Annual report on the Civil Veterinary Department, Burma (including the Insein Veterinary School) - 1923-1931
Year: 1923
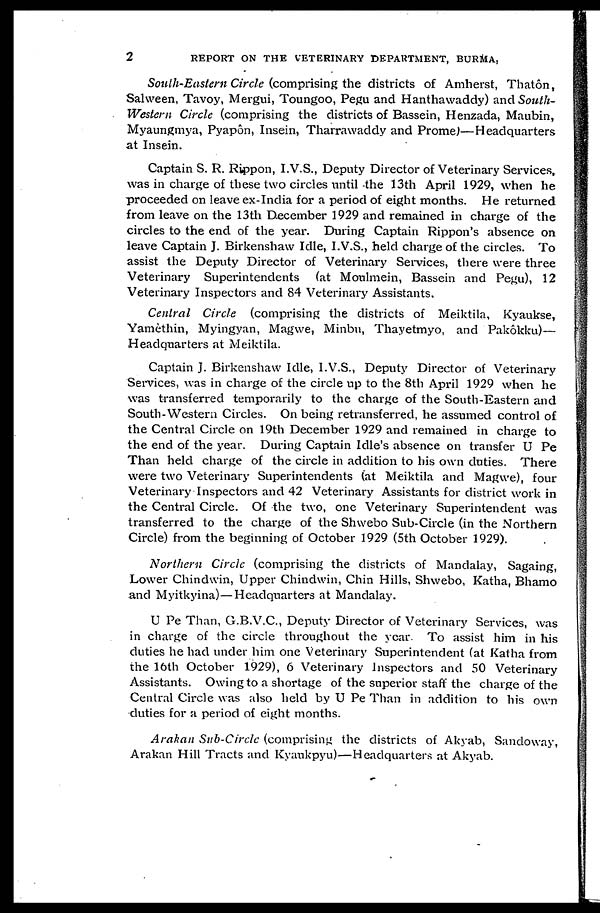
2
REPORT ON THE VETERINARY DEPARTMENT, BURMA,
South-Eastern Circle (comprising the districts of Amherst, Thatôn,
Salween, Tavoy, Mergui, Toungoo, Pegu and Hanthawaddy) and South-
Western Circle (comprising the districts of Bassein, Henzada, Maubin,
Myaungmya, Pyapôn, Insein, Tharrawaddy and Prome)—Headquarters
at Insein.
Captain S. R. Rippon, I.V.S., Deputy Director of Veterinary Services,
was in charge of these two circles until the 13th April 1929, when he
proceeded on leave ex-India for a period of eight months. He returned
from leave on the 13th December 1929 and remained in charge of the
circles to the end of the year. During Captain Rippon's absence on
leave Captain J. Birkenshaw Idle, I.V.S., held charge of the circles. To
assist the Deputy Director of Veterinary Services, there were three
Veterinary Superintendents (at Moulmein, Bassein and Pegu), 12
Veterinary Inspectors and 84 Veterinary Assistants.
Central Circle (comprising the districts of Meiktila, Kyaukse,
Yamèthin, Myingyan, Magwe, Minbu, Thayetmyo, and Pakôkku)—
Headquarters at Meiktila.
Captain J. Birkenshaw Idle, I.V.S., Deputy Director of Veterinary
Services, was in charge of the circle up to the 8th April 1929 when he
was transferred temporarily to the charge of the South-Eastern and
South-Western Circles. On being retransferred, he assumed control of
the Central Circle on 19th December 1929 and remained in charge to
the end of the year. During Captain I die's absence on transfer U Pe
Than held charge of the circle in addition to his own duties. There
were two Veterinary Superintendents (at Meiktila and Magwe), four
Veterinary Inspectors and 42 Veterinary Assistants for district work in
the Central Circle. Of the two, one Veterinary Superintendent was
transferred to the charge of the Shwebo Sub-Circle (in the Northern
Circle) from the beginning of October 1929 (5th October 1929).
Northern Circle (comprising the districts of Mandalay, Sagaing,
Lower Chindwin, Upper Chindwin, Chin Hills, Shwebo, Katha, Bhamo
and Myitkyina)—Headquarters at Mandalay.
U Pe Than, G.B.V.C., Deputy Director of Veterinary Services, was
in charge of the circle throughout the year To assist him in his
duties he had under him one Veterinary Superintendent (at Katha from
the 16th October 1929), 6 Veterinary Inspectors and 50 Veterinary
Assistants. Owing to a shortage of the superior staff the charge of the
Central Circle was also held by U Pe Than in addition to his own
duties for a period of eight months.
Arakan Sub-Circle (comprising the districts of Akyab, Sandoway,
Arakan Hill Tracts and Kyaukpyu)—Headquarters at Akyab.